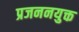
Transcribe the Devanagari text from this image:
प्रजननयुक्त